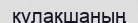
құлақшаның